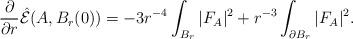
LaTeX: \begin{align*}\frac{\partial}{\partial r} \hat{\mathcal{E}}(A, B_r(0)) = -3r^{-4} \int_{B_r} |F_A|^2 + r^{-3} \int_{\partial B_r} |F_A|^2. \end{align*}